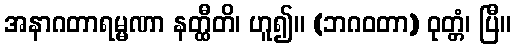
အနာဂတာရမ္မဏာ နတ္ထီတိ၊ ဟူ၍။ (ဘဂဝတာ) ဝုတ္တံ၊ ပြီ။